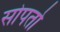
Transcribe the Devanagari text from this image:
सोपतो